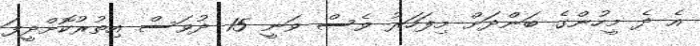
އެ ދެ މީހުންގެ ބަންދަށް މިފަހަރު ވެސް ވަނީ 15 ދުވަސް އިތުރުކޮށްދީފަ